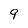
Character: 9